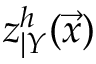
z _ { \vert Y } ^ { h } ( \vec { x } )